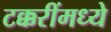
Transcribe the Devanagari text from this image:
टक्करींमध्ये